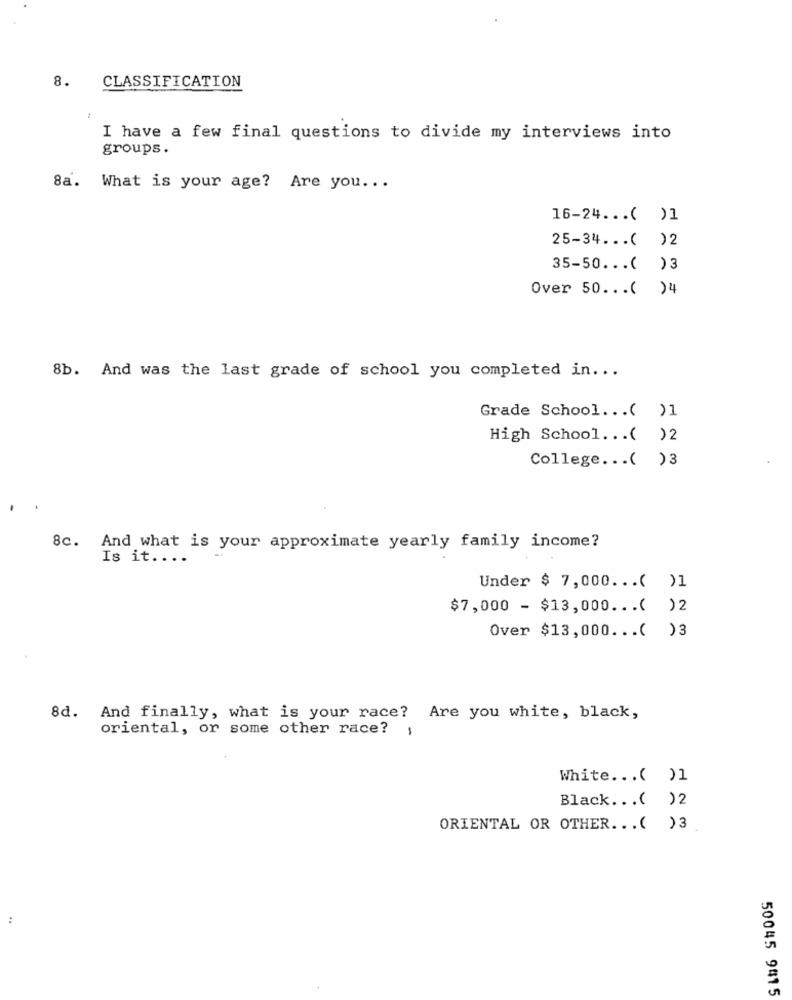
8. CLASSIFICATION
I have a few final questions to divide my interviews into
groups.
8a. What is your age? Are you ...
16-24 ... ( )1
25-34 ... ( ) 2
35-50 ... ( )3
Over 50 ... ( )4
8b. And was the last grade of school you completed in ...
Grade School ... ( )1
High School ... ( )2
College ... ( )3
.
8c. And what is your approximate yearly family income?
Is it ....
Under $ 7,000 ... ( )1
$7,000 - $13,000 ... ( )2
Over $13,000 ... ( )3
8d. And finally, what is your race? Are you white, black,
oriental, or some other race?
White ... ( )1
Black ... ( )2
ORIENTAL OR OTHER ... ( )3
50045 9415